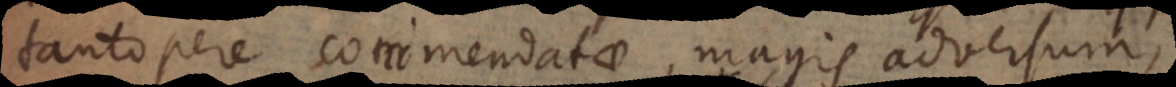
tantopere commendatae, magis adversum,